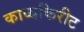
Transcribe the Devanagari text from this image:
काव्यकिरीट